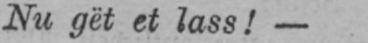
Nu gët et lass!-